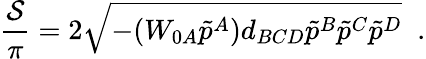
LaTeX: {\frac{\cal S}{\pi}}=2\sqrt{-(W_{0A}\tilde{p}^{A})d_{BCD}\tilde{p}^{B}\tilde{p}^{C}\tilde{p}^{D}}\; \; .